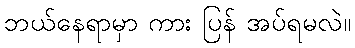
ဘယ်နေရာမှာ ကား ပြန် အပ်ရမလဲ။